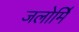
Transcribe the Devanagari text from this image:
जलोर्मि